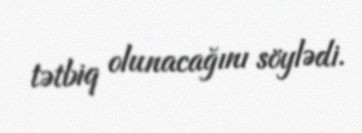
tətbiq olunacağını söylədi.